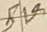
Text: 5V